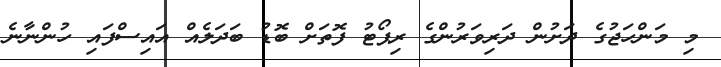
މި މަންހަޖުގެ ދަށުން ދަރިވަރުންގެ ރިޕޯޓު ފޮތަށް ބޮޑު ބަދަލެއް އައިސްފައި ހުންނާނެ